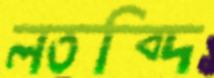
লতব্দি